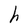
Character: h